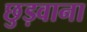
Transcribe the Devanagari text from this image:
छुड़वाना